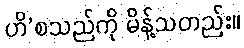
ဟိ’စသည်ကို မိန့်သတည်း။